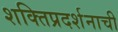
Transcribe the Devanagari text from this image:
शक्तिप्रदर्शनाची